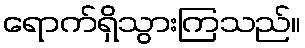
ရောက်ရှိသွားကြသည်။